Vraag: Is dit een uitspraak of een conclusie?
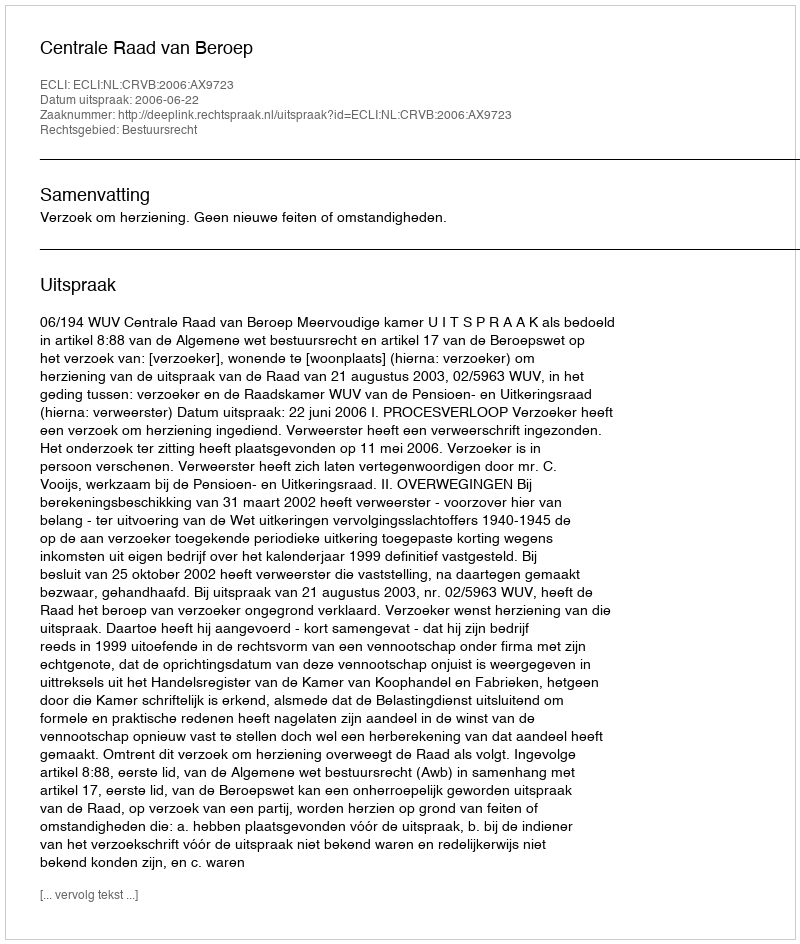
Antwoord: Uitspraak